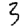
Digit: 3